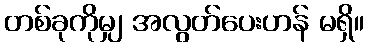
တစ်ခုကိုမျှ အလွတ်ပေးဟန် မရှိ။